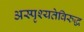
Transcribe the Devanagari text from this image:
अस्पृश्यतेविरुद्ध